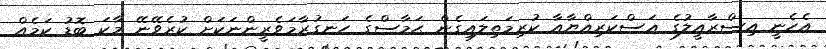
އެހެނީ އިސްރާއީލުގެ ޢަސްކަރިއްޔާއާ ކުރިމަތިލައިގެން ޙަމާސްގެ ހަނގުރާމަވެރީންނަކަށް ކުރެވޭނޭ މާކަ ބޮޑު ކަމެއް